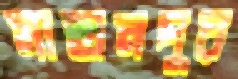
মাহানপুর